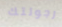
رجولتك